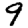
Digit: 9